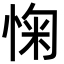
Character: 㥌